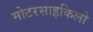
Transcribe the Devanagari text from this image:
मोटरसाइकिलो